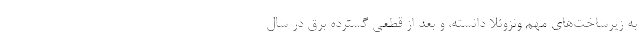
به زیرساخت‌های مهم ونزوئلا دانسته، و بعد از قطعی گسترده برق در سال